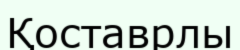
Қоставрлы